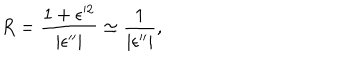
R = \frac { 1 + \epsilon ^ { 2 } } { | \epsilon ^ { \prime \prime } | } \simeq \frac { 1 } { | \epsilon ^ { \prime \prime } | } ,